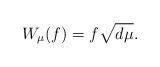
LaTeX: \begin{align*}W_\mu(f) = f \sqrt{d\mu}. \end{align*}